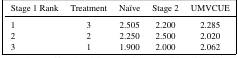
| Stage 1 Rank | Treatment | Naïve | Stage 2 | UMVCUE |
 | --- | --- | --- | --- | --- |
 | 1 | 3 | 2.505 | 2.200 | 2.285 |
 | 2 | 2 | 2.250 | 2.500 | 2.020 |
 | 3 | 1 | 1.900 | 2.000 | 2.062 |